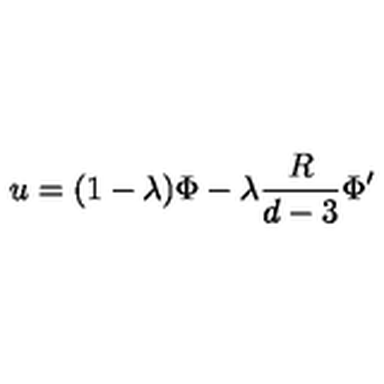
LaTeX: u = ( 1 - \lambda ) \Phi - \lambda \frac { R } { d - 3 } \Phi ^ { \prime }